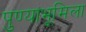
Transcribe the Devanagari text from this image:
पुण्याभूमिला